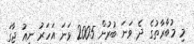
މި މުބާރާތުގެ ދެ ވަނަ ބުރުން 2005 ވަނަ އަހަރު ނިއު ޖާގަ